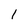
Character: l